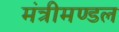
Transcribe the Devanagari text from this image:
मंत्रीमण्‍डल